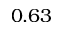
0 . 6 3